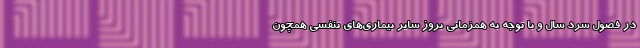
در فصول سرد سال و با توجه به همزمانی بروز سایر بیماری‌های تنفسی همچون